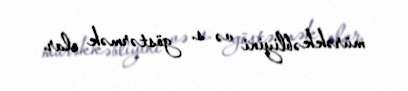
mürəkkəbliyini və s. göstərmək olar.